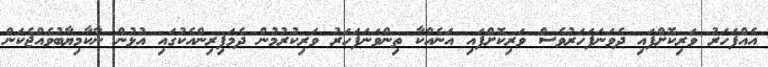
އެއްފަހަރު ވަރިކޮށްފައި ދެވަނަފަހަރުވެސް ވަރިކޮށްފައި އަނެއްކާ ތިންވަނަފަހަރު ވަރިކުރުމުން ދެމަފިރިންއެކުގައި އުޅުން ނާކާމިޔާބުވެއްޖެކަން